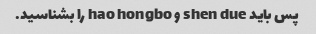
پس باید shen due و hao hongbo را بشناسید.